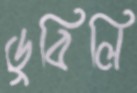
ডুবিলি